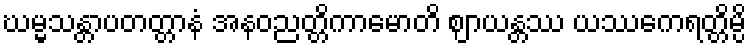
ဃမ္မသန္တာပတတ္တာနံ အနဝညတ္တိကာမောတိ ဈာယန္တဿ ယဿေကရတ္တိမ္ပိ